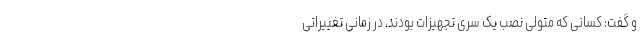
و گفت: کسانی که متولی نصب یک سری تجهیزات بودند، در زمانی تغییراتی